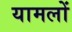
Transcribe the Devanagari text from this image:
यामलों